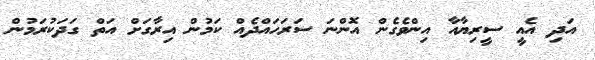
އަދި އެއީ ސީރިޔާއާ އިންވެގެން އޮންނަ ސަރަހައްދެއް ކަމުން އިރާގަށް އަތް ގަދަކުރަމުން